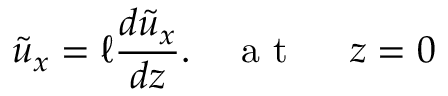
\tilde { u } _ { x } = \ell \frac { d \tilde { u } _ { x } } { d z } . \quad \mathrm { ~ a ~ t ~ \ } \quad z = 0